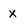
Character: X